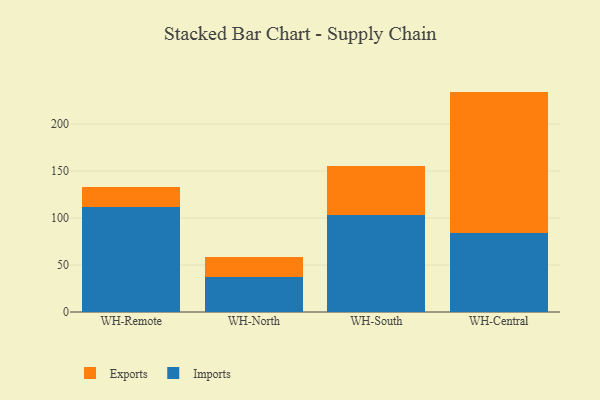
{"axis": {"x": "Warehouse", "y": "Latency (ms)"}, "legend": ["Exports", "Imports"], "data": [{"x": "WH-Remote", "y": 111.3, "type": "Imports"}, {"x": "WH-Remote", "y": 22.1, "type": "Exports"}, {"x": "WH-North", "y": 37.7, "type": "Imports"}, {"x": "WH-North", "y": 21.3, "type": "Exports"}, {"x": "WH-South", "y": 103.7, "type": "Imports"}, {"x": "WH-South", "y": 52.0, "type": "Exports"}, {"x": "WH-Central", "y": 84.0, "type": "Imports"}, {"x": "WH-Central", "y": 150.6, "type": "Exports"}]}